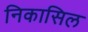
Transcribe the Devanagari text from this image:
निकासिल